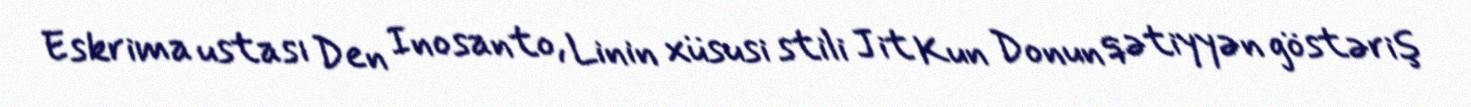
Eskrima ustası Den Inosanto, Linin xüsusi stili Jit Kun Donun qətiyyən göstəriş